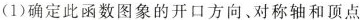
(1)确定此函数图象的开口方向、对称轴和顶点